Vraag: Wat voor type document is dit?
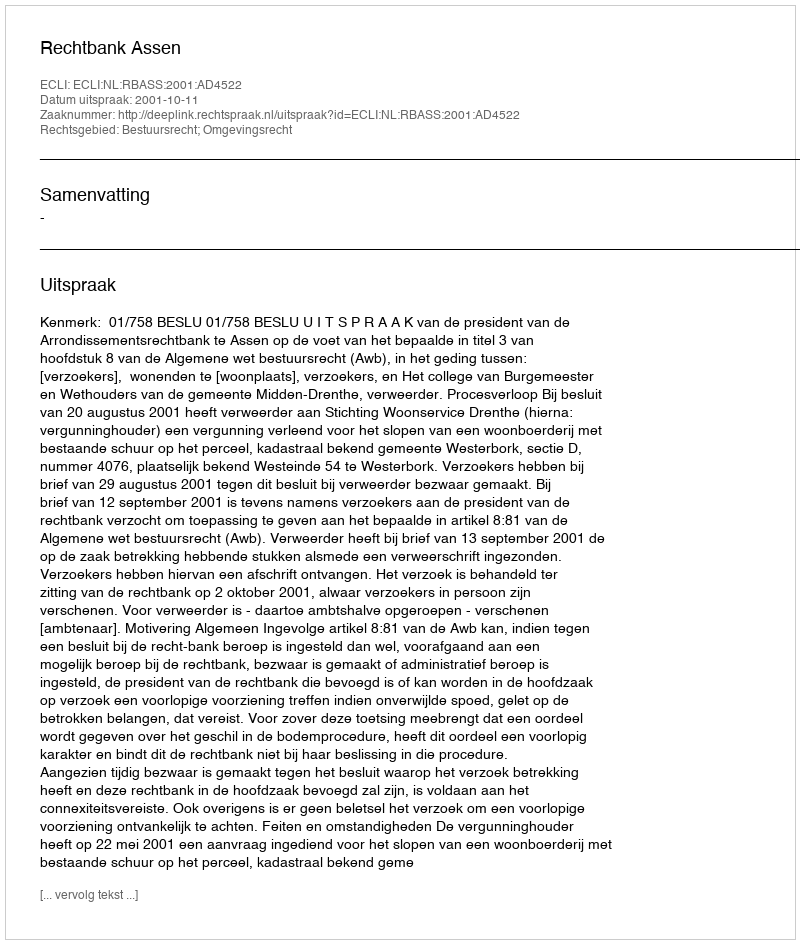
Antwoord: Uitspraak